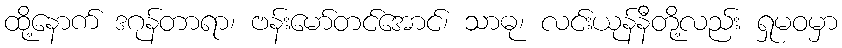
ထို့နောက် ဒဂုန်တာရာ၊ ဗန်းမော်တင်အောင်၊ သာဓု၊ လင်းယုန်နီတို့လည်း ရှုမဝမှာ